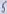
Text: 5